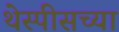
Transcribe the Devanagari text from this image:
थेस्पीसच्या